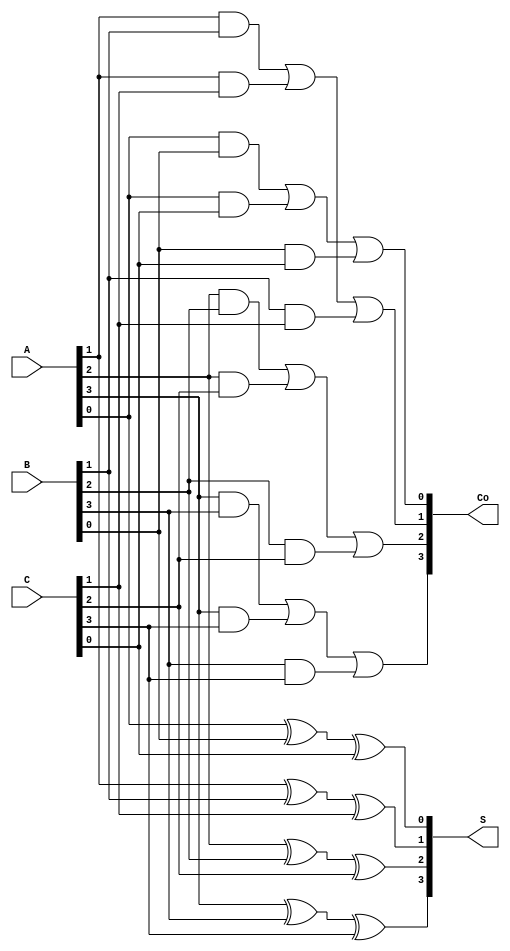
module ParallelCarrySaveAdder #(parameter WIDTH = 4) (
    input  [WIDTH-1:0] A,
    input  [WIDTH-1:0] B,
    input  [WIDTH-1:0] C,
    output [WIDTH-1:0] S,
    output [WIDTH-1:0] Co
);
    
    genvar i;
    
    // Intermediate sum and carry wires
    wire [WIDTH-1:0] sum, carry;

    // Full adder logic
    generate
        for (i = 0; i < WIDTH; i = i + 1) begin : full_adder
            assign sum[i] = A[i] ^ B[i] ^ C[i];  // Sum operation
            assign carry[i] = (A[i] & B[i]) | (A[i] & C[i]) | (B[i] & C[i]); // Carry operation
        end
    endgenerate

    // Final outputs
    assign S = sum;  // Sum output
    assign Co = carry; // Carry output

endmodule